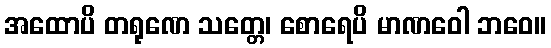
အထောပိ တရုဏေ သတ္တေ၊ စောရေပိ မာဏဝေါ ဘဝေ။